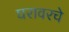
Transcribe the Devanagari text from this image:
घरावरचे